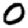
Digit: 0